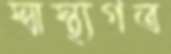
স্বাস্থ্যগত